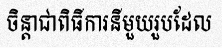
ចិន្តាជាពិធីការនីមួយរួបដែល